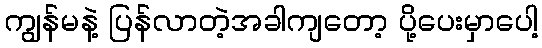
ကျွန်မနဲ့ ပြန်လာတဲ့အခါကျတော့ ပို့ပေးမှာပေါ့